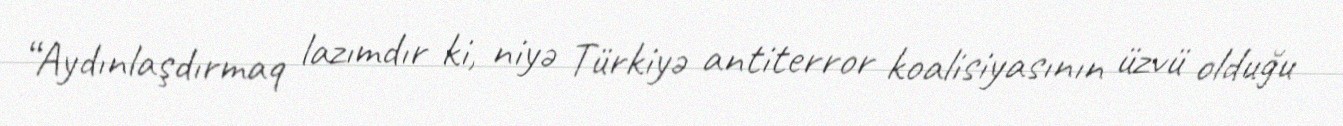
“Aydınlaşdırmaq lazımdır ki, niyə Türkiyə antiterror koalisiyasının üzvü olduğu